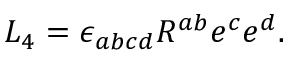
L _ { 4 } = \epsilon _ { a b c d } R ^ { a b } e ^ { c } e ^ { d } .